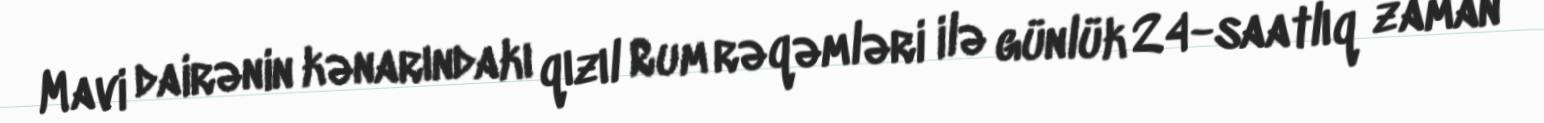
Mavi dairənin kənarındakı qızıl Rum rəqəmləri ilə günlük 24-saatlıq zaman